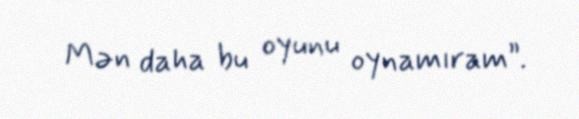
Mən daha bu oyunu oynamıram”.